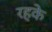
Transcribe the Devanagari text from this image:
रहके